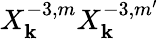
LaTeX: X_{\mathbf{k}}^{-3,m}X_{\mathbf{k}}^{-3,m^{\prime}}